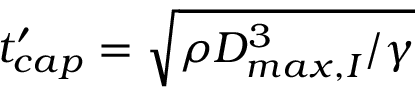
t _ { c a p } ^ { \prime } = \sqrt { \rho D _ { m a x , I } ^ { 3 } / \gamma }